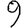
Digit: 9